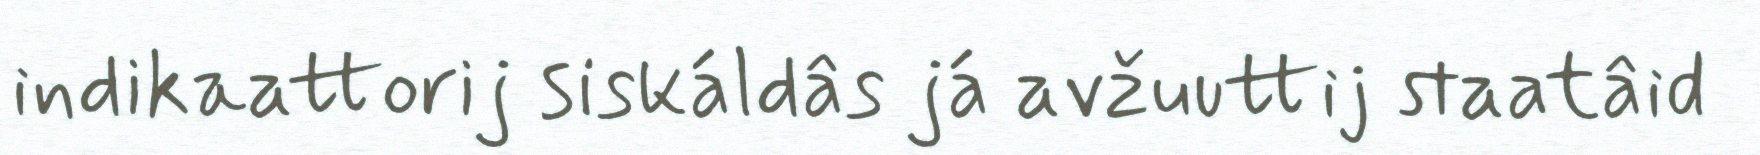
indikaattorij siskáldâs já avžuuttij staatâid